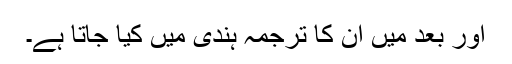
اور بعد میں ان کا ترجمہ ہندی میں کیا جاتا ہے۔